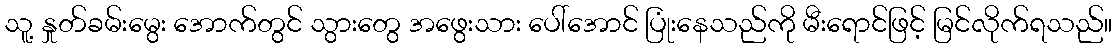
သူ့ နှုတ်ခမ်းမွေး အောက်တွင် သွားတွေ အဖွေးသား ပေါ်အောင် ပြုံးနေသည်ကို မီးရောင်ဖြင့် မြင်လိုက်ရသည်။